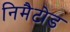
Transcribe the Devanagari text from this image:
निमैटोड